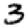
Digit: 3